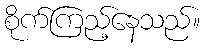
စိုက်ကြည့်နေသည်။